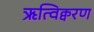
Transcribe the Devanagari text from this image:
ऋत्विक्वरण